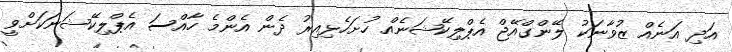
އަދި އަނެއް ޒުވާނަކު ލޭންގްއޭޖް އެޕްލިކޭޝަނެއް ހުށަހެޅިއިރު ދެން އެންމެ ހާއްސަ އެޕްލިކޭޝަނަކަށްވީ